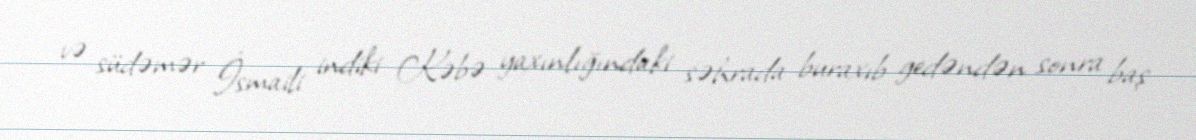
və südəmər İsmaili indiki Kəbə yaxınlığındaki səhrada buraxıb gedəndən sonra baş